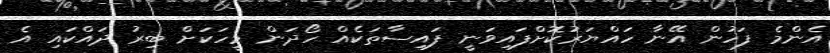
އެންމެ ފަހުން އޭނާ ހައްޔަރުކޮށްފައިވަނީ ފައިސާތަކެއް ހޯދަން މީހަކަށް ބިރު ދައްކައި އެ